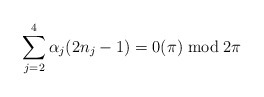
\begin{align*}\sum_{j=2}^4 \alpha_j (2n_j - 1) = 0 (\pi) \bmod 2\pi\end{align*}